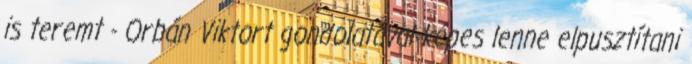
is teremt - Orbán Viktort gondolatával képes lenne elpusztítani